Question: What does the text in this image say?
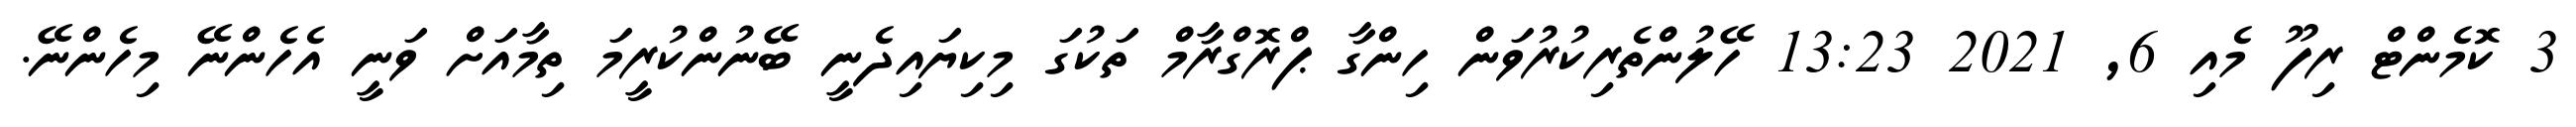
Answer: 3 ކޮމެންޓް ރިފޫ މެއި 6, 2021 13:23 ހޭލުންތެރިކުރުވަން ހިންގާ ޕްރޮގްރާމް ތަކުގަ މިކިޔައިދެނީ ބޭނުންކުރީމަ ތިމާއަށް ވަނީ އެހެންނޭ މިހެންނޭ.